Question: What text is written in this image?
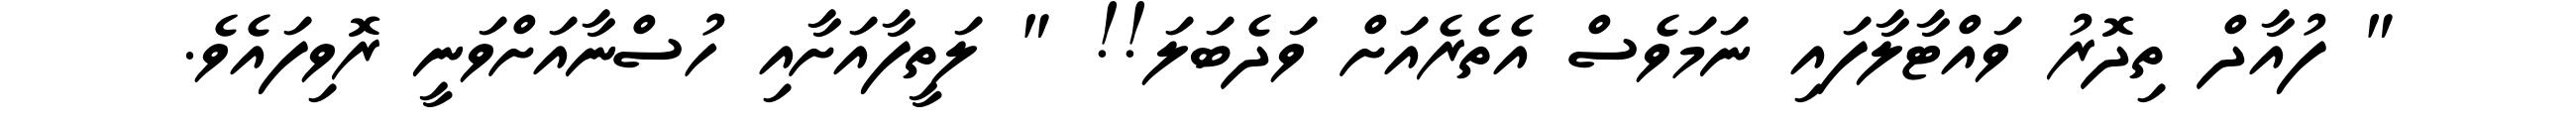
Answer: " ފުއާދް ތިދޮރު ވައްޓާލާފައި ނަމަވެސް އެތެރެއަށް ވަދެބަލަ!! " ލަތީފާއަށާއި ހުސްނާއަށްވަނީ ރޮވިފައެވެ.